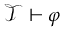
{ \mathcal { T } } \vdash \varphi